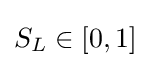
S_{L}\in [0,1]